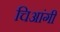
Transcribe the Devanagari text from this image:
चिआंगी